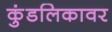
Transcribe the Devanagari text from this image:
कुंडलिकावर